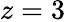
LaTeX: z=3